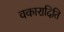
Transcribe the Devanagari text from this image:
वकारादिति